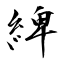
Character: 綼